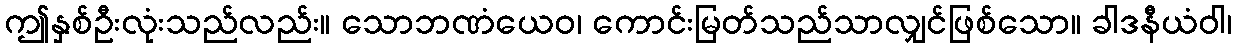
ဤနှစ်ဦးလုံးသည်လည်း။ သောဘဏံယေဝ၊ ကောင်းမြတ်သည်သာလျှင်ဖြစ်သော။ ခါဒနီယံဝါ၊